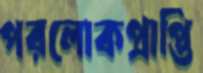
পরলোকপ্রাপ্তি